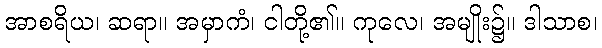
အာစရိယ၊ ဆရာ။ အမှာကံ၊ ငါတို့၏။ ကုလေ၊ အမျိုး၌။ ဒါသာစ၊